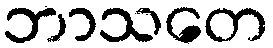
ဘာသတေ